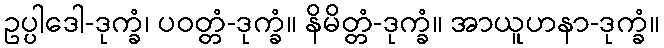
ဥပ္ပါဒေါ-ဒုက္ခံ၊ ပဝတ္တံ-ဒုက္ခံ။ နိမိတ္တံ-ဒုက္ခံ။ အာယူဟနာ-ဒုက္ခံ။